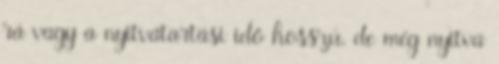
rá vagy a nyitvatartási idő hosszú, de még nyitva